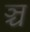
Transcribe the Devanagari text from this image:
ञ्च